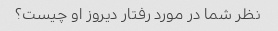
نظر شما در مورد رفتار دیروز او چیست؟